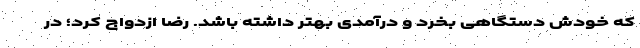
که خودش دستگاهی بخرد و درآمدی بهتر داشته باشد. رضا ازدواج کرد؛ در